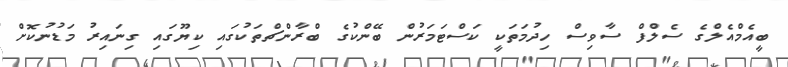
ބީއެމްއެލްގެ ސެލްފް ސާވިސް ހިދުމަތަކީ ކަސްޓަމަރުން ބޭންކުގެ ބްރާންޗްތަކުގައި ކިޔޫގައި ގިނައިރު މަޑުނުކޮށް